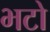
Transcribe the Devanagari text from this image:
भटो